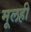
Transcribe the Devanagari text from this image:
मूलही